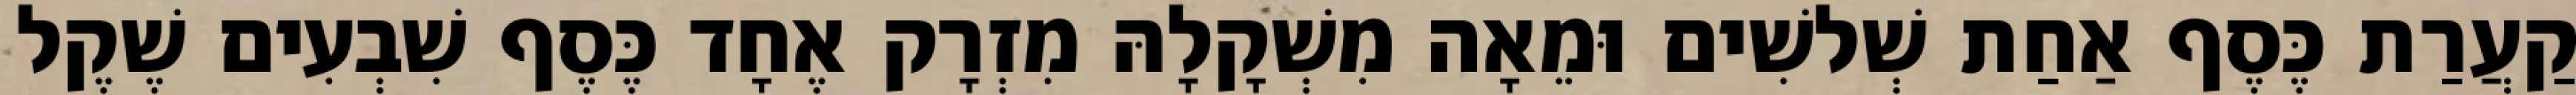
קַעֲרַת כֶּסֶף אַחַת שְׁלשִׁים וּמֵאָה מִשְׁקָלָהּ מִזְרָק אֶחָד כֶּסֶף שִׁבְעִים שֶׁקֶל